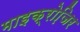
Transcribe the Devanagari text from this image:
माइक्रोजि़र